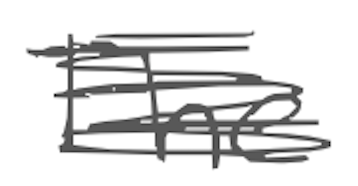
Text: The
Cross-out: scratch
Writing tool: digital_gray